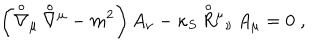
LaTeX: \left( { \stackrel { \circ } { \nabla } } { } _ { \mu } \, { \stackrel { \circ } { \nabla } } { } ^ { \mu } - m ^ { 2 } \right) A _ { \nu } - \kappa _ { S } \, { \stackrel { \circ } { R } } { } ^ { \mu } { } _ { \nu } \, A _ { \mu } = 0 \; ,